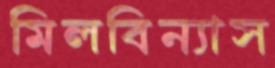
মিলবিন্যাস